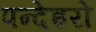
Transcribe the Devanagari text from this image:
पन्देइरो